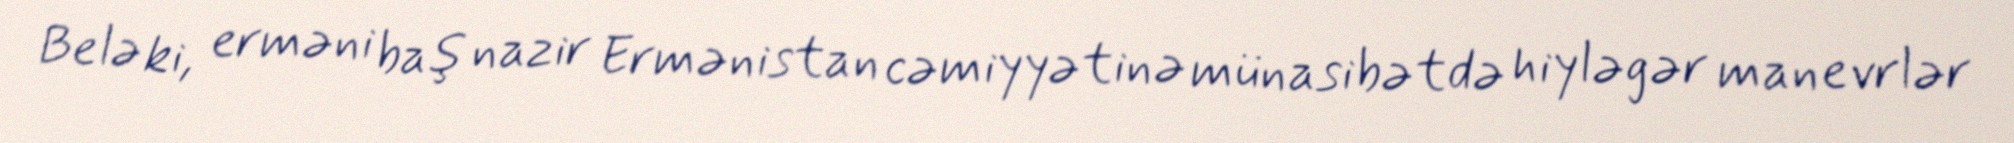
Belə ki, erməni baş nazir Ermənistan cəmiyyətinə münasibətdə hiyləgər manevrlər